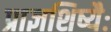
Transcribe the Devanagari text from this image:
प्राज्ञशिष्यैः